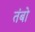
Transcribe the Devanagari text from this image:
तंबो